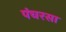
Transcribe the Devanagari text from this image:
पंचरसा